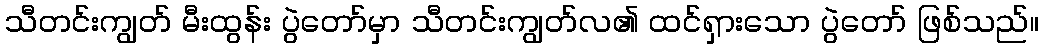
သီတင်းကျွတ် မီးထွန်း ပွဲတော်မှာ သီတင်းကျွတ်လ၏ ထင်ရှားသော ပွဲတော် ဖြစ်သည်။